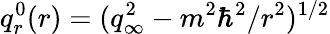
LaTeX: q_{r}^{0}(r)=(q_{\infty}^{2}-m^{2}\hbar^{2}/r^{2})^{1/2}